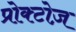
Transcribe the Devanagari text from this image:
प्रोक्टोज़